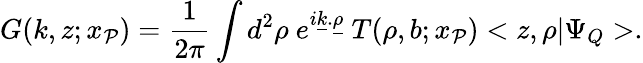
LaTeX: G(k,z;x_{\cal P})=\frac 1{2\pi}\int d^{2}\rho\ e^{i\underline{{k}}.\underline{{{\rho}}}}\ T(\rho,b;x_{\cal P})<z,\rho|\Psi_{Q}>.